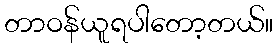
တာဝန်ယူရပါတော့တယ်။